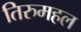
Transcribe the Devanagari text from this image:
तिरुमहल